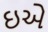
ઇએ